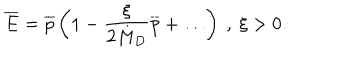
LaTeX: { \overline { { E } } } = { \overline { { p } } } \left( 1 - \frac { \xi } { 2 M _ { D } } { \overline { { p } } } + \dots \right) ~ , ~ \xi > 0 .